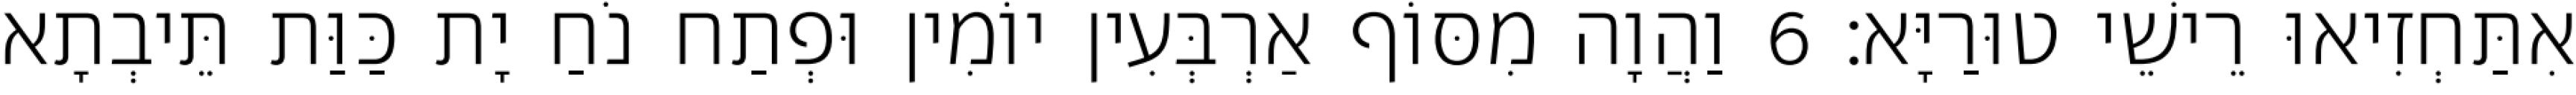
אִתַּחְזִיאוּ רֵישֵׁי טוּרַיָּא׃ 6 וַהֲוָה מִסּוֹף אַרְבְּעִין יוֹמִין וּפְתַח נֹחַ יָת כַּוַּת תֵּיבְתָא